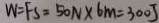
W = F s = 5 0 N \times 6 m = 3 0 0 J